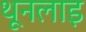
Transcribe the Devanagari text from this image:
थूनलाइ